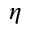
\eta